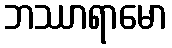
ဘဿာရာမော